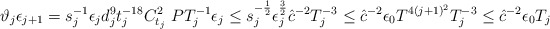
\begin{align*}\vartheta_{j} \epsilon_{j+1} &= s_j^{-1} \epsilon_j d_j^{9} t_j^{-18} C_{t_j}^2 \ PT^{-1}_j \epsilon_j \le s_j^{-\frac{1}{2}} \epsilon_j^{\frac{3}{2}} \hat{c}^{-2} T^{-3}_j \le \hat{c}^{-2}\epsilon_0 T^{4(j+1)^2} T^{-3}_j \le \hat{c}^{-2}\epsilon_0 T_{j} \end{align*}